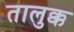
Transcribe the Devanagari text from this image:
तालुक्क